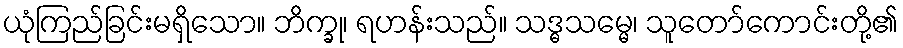
ယုံကြည်ခြင်းမရှိသော။ ဘိက္ခု၊ ရဟန်းသည်။ သဒ္ဓသမ္မေ၊ သူတော်ကောင်းတို့၏